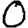
Digit: 0